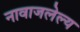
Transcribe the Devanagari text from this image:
नावाजलेल्य